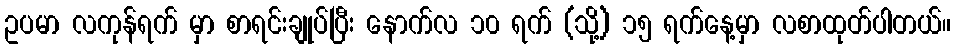
ဥပမာ လကုန်ရက် မှာ စာရင်းချုပ်ပြီး နောက်လ ၁၀ ရက် (သို့) ၁၅ ရက်နေ့မှာ လစာထုတ်ပါတယ်။